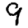
Digit: 9